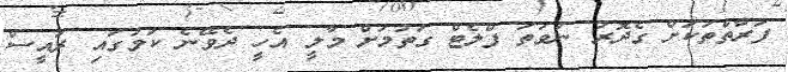
ފަރާތްތަކަށް ގެދޮރު ނުވަތަ ފްލެޓް ގަތުމަށް މާލީ އެހީ ދެވޭނެ ކަމުގައި ރައީސް